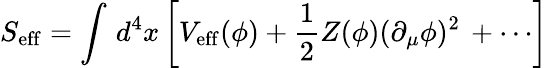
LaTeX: S_{\mathrm{eff}}=\int\, d^{4}x\left[V_{\mathrm{eff}}(\phi)+\frac{1}{2}Z(\phi)(\partial_{\mu}\phi)^{2}\, +\cdots\right]